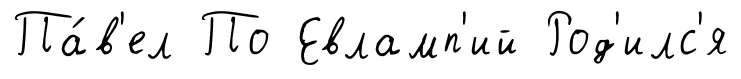
Па́в'ел По Евламп'ий Род'илс'я